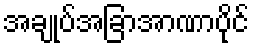
အချုပ်အခြာအာဏာပိုင်